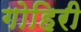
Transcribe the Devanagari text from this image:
गोहिरी